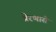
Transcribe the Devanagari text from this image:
प्रेरणासे